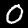
Label: 0